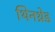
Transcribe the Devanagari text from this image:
थिनथ्रेड